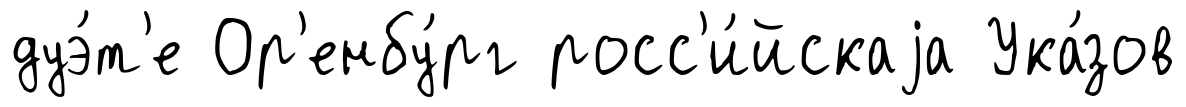
дуэ́т'е Ор'енбу́рг росс'и́йскаjа Ука́зов